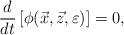
LaTeX: \begin{align*} \dfrac{d}{dt} \left[ \phi ( {\vec {x}, \vec{z},\varepsilon} ) \right] = 0,\end{align*}